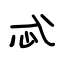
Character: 忒